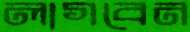
লাগবেন